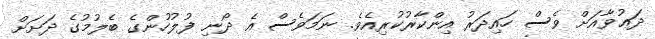
ދަޢުވާއަށް ވެސް ހައިދަރު އިންކާރުކުރިއެވެ. ނަމަވެސް އެ ދޯނި ފުލުހުންގެ ބެލުމުގެ ދަށަށް